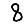
Digit: 8